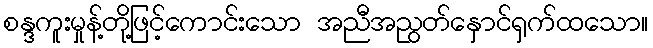
စန္ဒကူးမှုန့်တို့ဖြင့်ကောင်းသော အညီအညွတ်နှောင်ရှက်ထသော။